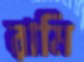
রামি